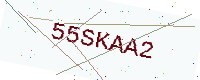
Text: 55SKAA2